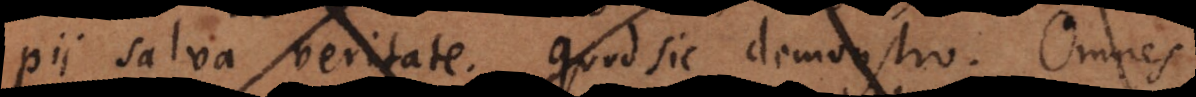
pii salva veritate. Quod sic demonstro. Omnes